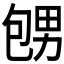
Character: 𪽕